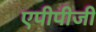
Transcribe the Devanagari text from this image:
एपीपीजी